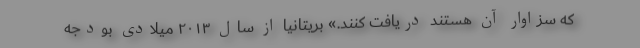
که سزاوار آن هستند دریافت کنند.» بریتانیا از سال ۲۰۱۳ میلادی بودجه